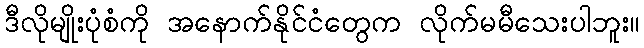
ဒီလိုမျိုးပုံစံကို အနောက်နိုင်ငံတွေက လိုက်မမီသေးပါဘူး။